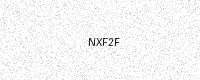
Text: NXF2F